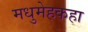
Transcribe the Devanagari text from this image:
मधुमेहकहा